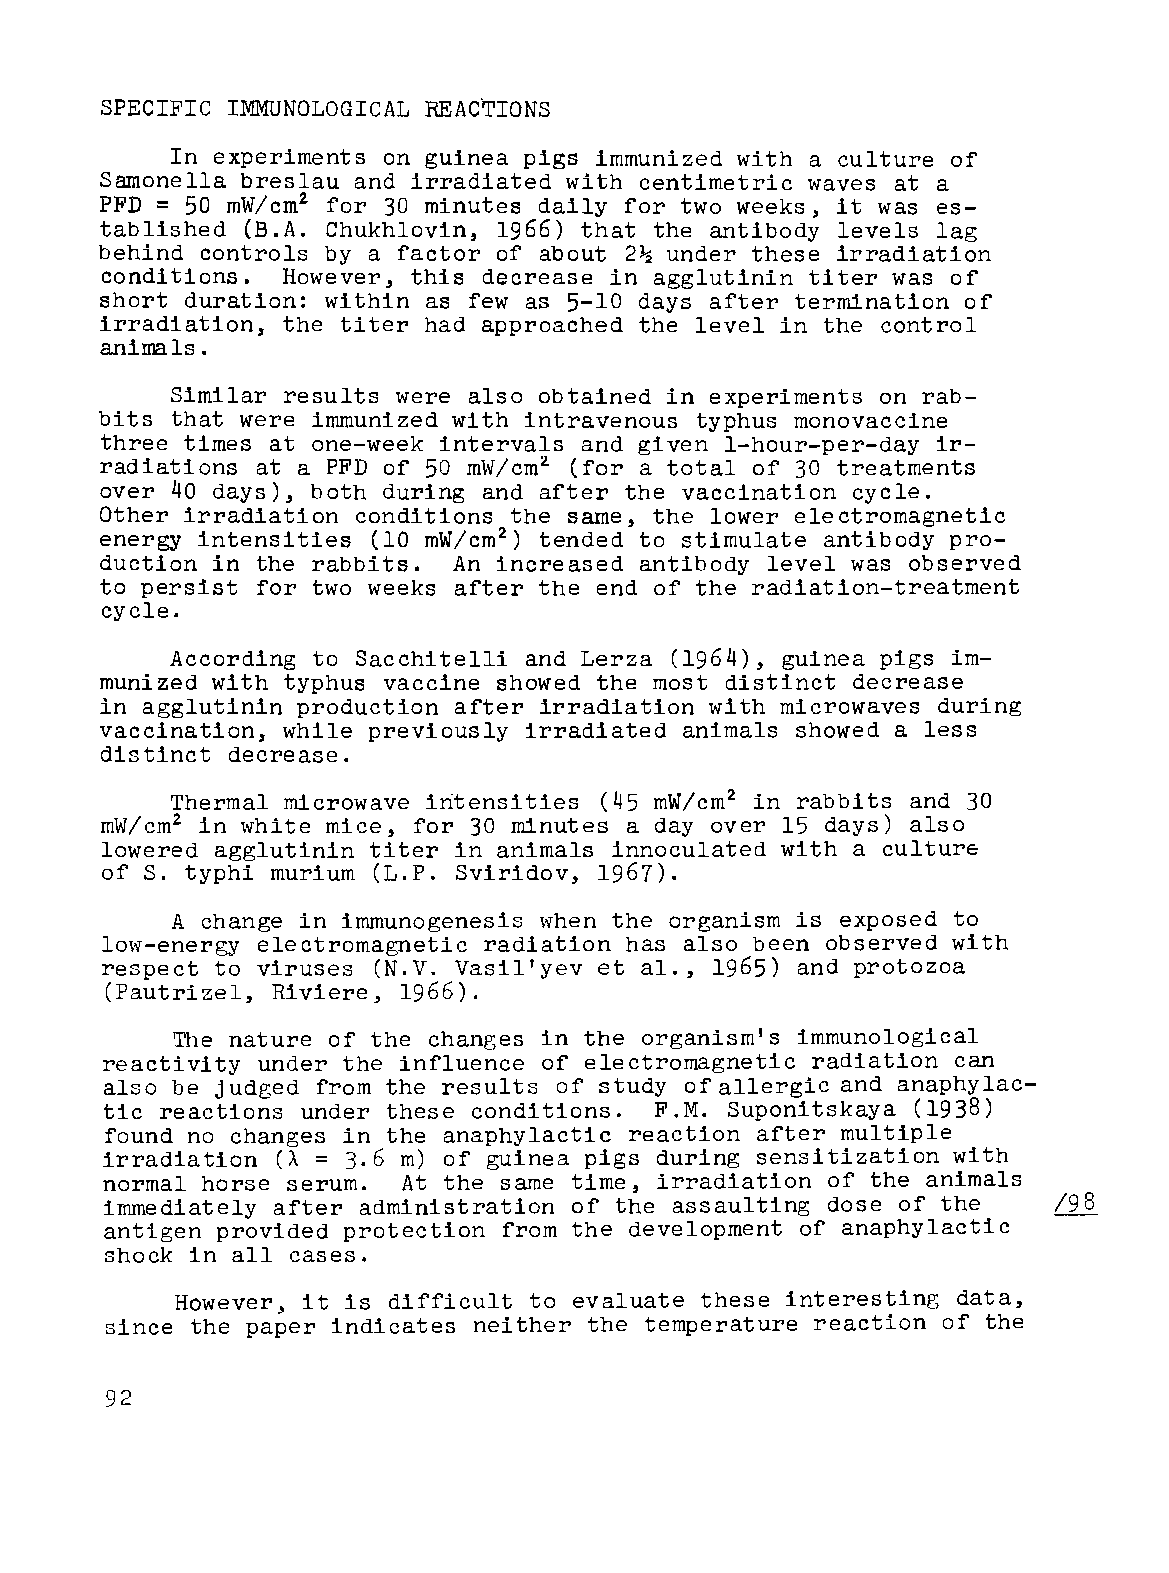
SPECIFIC IMMUNOLOGICAL REAC'TIONS
 In experiments on guinea pigs immunized with a culture of
 Sarnonella breslau and irradiated with centimetric waves at a
 PFD = 50 mW/cm2 for 30 minutes daily for two weeks~ it was es
 tablished (B.A. Chukhlovin, 1966) that the antibody levels lag
 behind controls by a factor of about  under these irradiation
 2~
 conditions.         this decrease in agglutinin titer was of
 However~
 short duration: within as few as 5-10 days after termination of
 the titer had approached the level in the control
 irradiation~
 animals.
 Similar results were also obtained in experiments on rab
 bits that were immunized with intravenous typhus monovaccine
 three times at one-week intervals and given I-hour-per-day ir
 radiations at a PFD of 50 mW/cm2 (for a total of 30 treatments
 over 40 days), both during and after the vaccination cycle.
 Other irradiation conditions the same, the lower electromagnetic
 energy intensities (10 mW/cm2) tended to stimulate antibody pro
 duction in the rabbits. An increased antibody level was observed
 to persist for two weeks after the end of the radiation-treatment
 cycle.
 According to Sacchitelli and Lerza (1964), guinea pigs im
 munized with typhus vaccine showed the most distinct decrease
 in agglutinin production after irradiation with microwaves during
 vaccination, while previously irradiated animals showed a less
 distinct decrease.
 2
 Thermal microwave intensities (45 mW/cm in rabbits and 30
 mW/cm2 in white mice, for 30 minutes a day over 15 days) also
 lowered agglutinin titer in animals innoculated with a culture
 of S. typhi murium (L.P. Sviridov, 1967).
 A change in immunogenesis when the organism is exposed to
 low-energy electromagnetic radiation has also been observed with
 respect to viruses (N.V. Vasil'yev et al.~ 1965) and protozoa
 (Pautrizel, Riviere, 1966),
 The nature of the changes in the organism's immunological
 reactivity under the influence of electromagnetic radiation can
 also be judged from the results of study of allergiC and anaphylac
 tic reactions under these conditions. F.M. Suponitskaya (1938)
 found no changes in the anaphylactic reaction after multiple
 irradiation (A = 3.6 m) of guinea pigs during sensitization with
 normal horse serum. At the same time, irradiation of the animals
 immediately after administration of the assaulting dose of the /98
 antigen provided protection from the development of anaphylactic
 shock in all cases.
 However, it is difficult to evaluate these interesting data,
 since the paper indicates neither the temperature reaction of the
 92